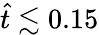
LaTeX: \hat{t}\lesssim 0.15